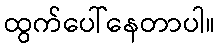
ထွက်ပေါ်နေတာပါ။